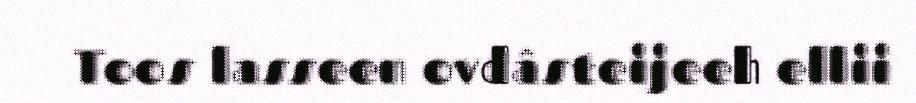
Toos lasseen ovdâsteijeeh ellii